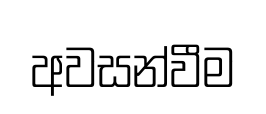
අවසන්වීම